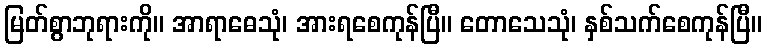
မြတ်စွာဘုရားကို။ အာရာဓေသုံ၊ အားရစေကုန်ပြီ။ တောသေသုံ၊ နှစ်သက်စေကုန်ပြီ။